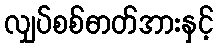
လျှပ်စစ်ဓာတ်အားနှင့်